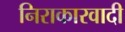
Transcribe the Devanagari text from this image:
निराकारवादी